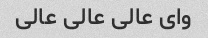
وای عالی عالی عالی